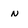
Character: n